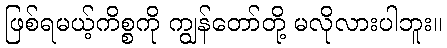
ဖြစ်ရမယ့်ကိစ္စကို ကျွန်တော်တို့ မလိုလားပါဘူး။